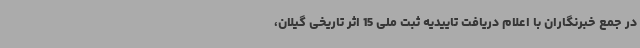
در جمع خبرنگاران با اعلام دریافت تاییدیه ثبت ملی 15 اثر تاریخی گیلان،